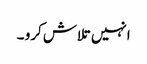
انہیں تلاش کرو ۔